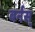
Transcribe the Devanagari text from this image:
बर्नस्